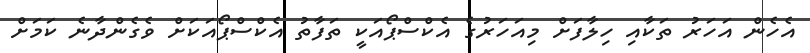
އެހެން އަހަރު ތަކާއި ހިލާފަށް މިއަހަރުގެ އެކްސްޕޯއަކީ ތަފާތު އެކްސްޕޯއަކަށް ވެގެންދާނެ ކަމަށް